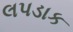
લપડાક